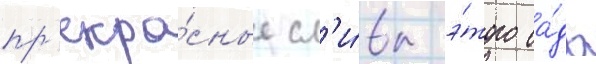
пр'екра́сные сл'и́вы э́того са́да